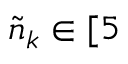
\tilde { n } _ { k } \in [ 5 \